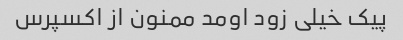
پیک خیلی زود اومد ممنون از اکسپرس